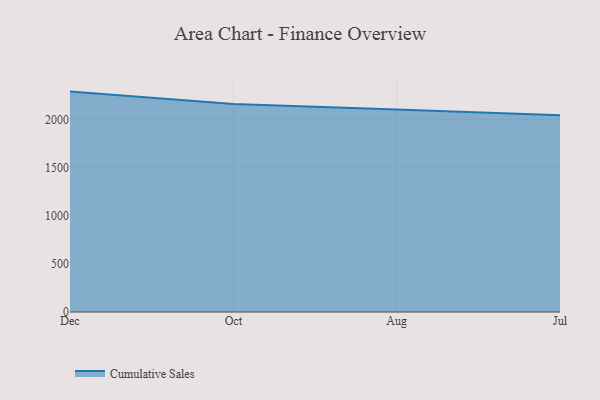
{"axis": {"x": "Month", "y": "Operating Costs (USD K)"}, "legend": ["Cumulative Sales"], "data": [{"x": "Dec", "y": 2289.2, "type": "Cumulative Sales"}, {"x": "Oct", "y": 2159.7, "type": "Cumulative Sales"}, {"x": "Aug", "y": 2104.5, "type": "Cumulative Sales"}, {"x": "Jul", "y": 2043.1, "type": "Cumulative Sales"}]}